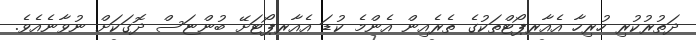
ދަތުރުކުރި ހުރިހާ އެއާރޕޯޓްތަކުގެ ތެރެއިން އެންމެ ކުޑަ އެއާރޕޯޓަށޭ ބުންޏަސް ދޮގަކަށް ނުވާނެއެވެ.